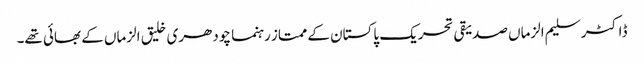
ڈاکٹر سلیم الزماں صدیقی تحریک پاکستان کے ممتاز رہنما چودھری خلیق الزماں کے بھائی تھے۔